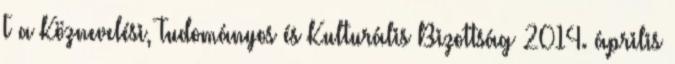
T a Köznevelési, Tudományos és Kulturális Bizottság 2014. április